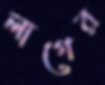
লাগের